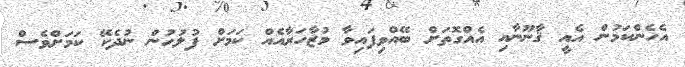
އެހެންކަމުން އެއީ ޤާނޫނާއި އެއްގޮތަށް ބޭއްވިފައިވާ މުޒާހަރާއެއް ކަމަށް ފުލުހުން ނުދެކޭ ކަމަށްވެސް